Report of the Indian Hemp Drugs Commission, 1894-1895 - Volume V
Year: 1894
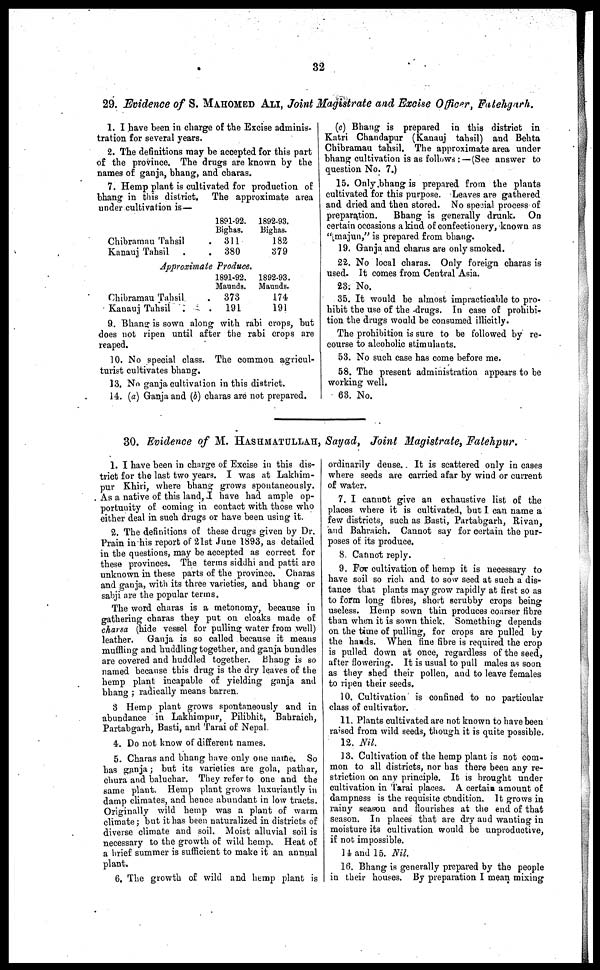
32
29. Evidence of S. MAHOMED ALT, Joint Magistrate and Excise Officer, Fatehgarh.
1. I have been in charge of the Excise adminis-
tration for several years.
2. The definitions may be accepted for this part
of the province. The drugs are known by the
names of ganja, bhang, and charas.
7. Hemp plant is cultivated for production of
bhang in this district. The approximate area
under cultivation is—
Chibramau Tahsil .
Kanauj Tahsil . .
1891-92.
Bighas.
311
380
Approximate Produce.
Chibramau Tahsil .
Kanauj Tahsil . .
1891-92.
Maunds.
373
191
1892-93.
Bighas.
182
379
1892-93.
Maunds.
174
191
9. Bhang is sown along with rabi crops, but
does not ripen until after the rabi crops are
reaped.
10. No special class. The common agricul-
turist cultivates bhang.
13. No ganja cultivation in this district.
14. (a) Ganja and (b) charas are not prepared.
(c) Bhang is prepared in this district in
Katri Chandapur (Kanauj tahsil) and Behta
Chibramau tahsil. The approximate area under
bhang cultivation is as follows : — (See answer to
question No. 7.)
15. Only bhang is prepared from the plants
cultivated for this purpose. Leaves are gathered
and dried and then stored. No special process of
preparation.
Bhang is generally drunk. On
certain occasions a kind of confectionery, known as
"majun," is prepared from bhang.
19. Ganja and charas are only smoked.
22. No local charas. Only foreign charas is
used. It comes from Central Asia.
23. No.
35. It would be almost impracticable to pro-
hibit the use of the drugs. In case of prohibi-
tion the drugs would be consumed illicitly.
The prohibition is sure to be followed by re-
course to alcoholic stimulants.
53. No such case has come before me.
58. The present administration appears to be
working well.
63. No.
30. Evidence of M. HASHMATULLAH, Sayad, Joint Magistrate, Fatehpur.
1. I have been in charge of Excise in this dis-
trict for the last two years. I was at Lakhim-
pur Khiri, where bhang grows spontaneously.
As a native of this land, I have had ample op-
portunity of coming in contact with those who
either deal in such drugs or have been using it.
2. The definitions of these drugs given by Dr.
Prain in his report of 21st June 1893, as detailed
in the questions, may be accepted as correct for
these provinces. The terms siddhi and patti are
unknown in these parts of the province. Charas
and ganja, with its three varieties, and bhang or
sabji are the popular terms.
The word charas is a metonomy, because in
gathering charas they put on cloaks made of
charsa (hide vessel for pulling water from well)
leather. Ganja is so called because it means
muffling and huddling together, and ganja bundles
are covered and huddled together. Bhang is so
named because this drug is the dry leaves of the
hemp plant incapable of yielding ganja and
bhang ; radically means barren.
3 Hemp plant grows spontaneously and in
abundance in Lakhimpur, Pilibhit, Bahraich,
Partabgarh, Basti, and Tarai of Nepal.
4. Do not know of different names.
5. Charas and bhang have only one name. So
has ganja ; but its varieties are gola, pathar,
chura and baluchar. They refer to one and the
same plant. Hemp plant grows luxuriantly in
damp climates, and hence abundant in low tracts.
Originally wild hemp was a plant of warm
climate ; but it has been naturalized in districts of
diverse climate and soil. Moist alluvial soil is
necessary to the growth of wild hemp. Heat of
a brief summer is sufficient to make it an annual
plant.
6. The growth of wild and hemp plant is
ordinarily dense. It is scattered only in cases
where seeds are carried afar by wind or current
of water.
7. I cannot give an exhaustive list of the
places where it is cultivated, but I. can name a
few districts, such as Basti, Partabgarh, Rivan,
and Bahraich. Cannot say for certain the pur-
poses of its produce.
8. Cannot reply.
9. For cultivation of hemp it is necessary to
have soil so rich and to sow seed at such a dis-
tance that plants may grow rapidly at first so as
to form long fibres, short scrubby crops being
useless. Hemp sown thin produces coarser fibre
than when it is sown thick. Something depends
on the time of pulling, for crops are pulled by
the hands. When fine fibre is required the crop
is pulled down at once, regardless of the seed,
after flowering. It is usual to pull males as soon
as they shed their pollen, and to leave females
to ripen their seeds.
10. Cultivation is confined to no particular
class of cultivator.
11. Plants cultivated are not known to have been
raised from wild seeds, though it is quite possible.
12. Nil.
13. Cultivation of the hemp plant is not com-
mon to all districts, nor has there been any re-
striction on any principle. It is brought under
cultivation in Tarai places. A certain amount of
dampness is the requisite condition. It grows in
rainy season and flourishes at the end of that
season. In places that are dry and wanting in
moisture its cultivation would be unproductive,
if not impossible.
14 and 15. Nil.
16. Bhang is generally prepared by the people
in their houses. By preparation I mean mixing